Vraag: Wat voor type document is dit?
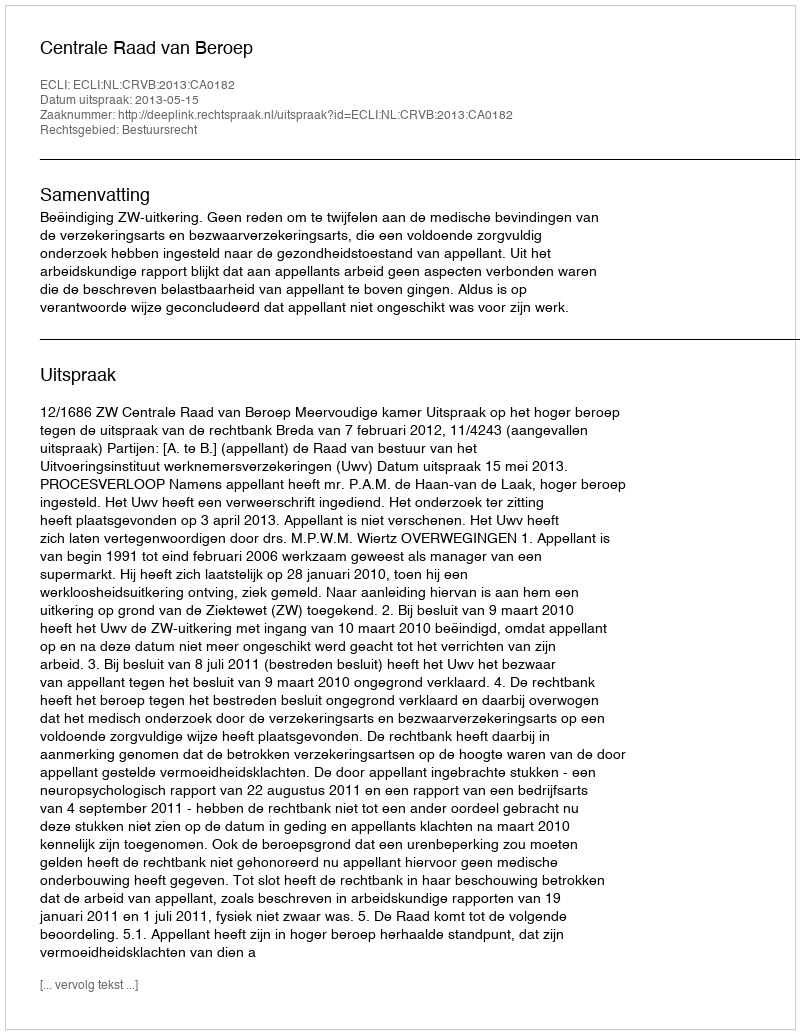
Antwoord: Uitspraak